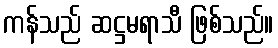
ကန်သည် ဆဋ္ဌမရာသီ ဖြစ်သည်။